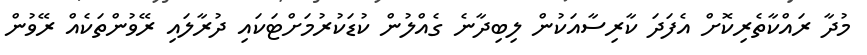
މުދާ ރައްކާތެރިކޮށް އެފަދަ ކާރިސާއަކުން ލިބިދާނެ ގެއްލުން ކުޑަކުރުމަށްޓަކައި ދުރާލައި ރޭވުންތަކެއް ރޭވުން